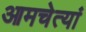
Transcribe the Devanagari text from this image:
आमचेत्यां